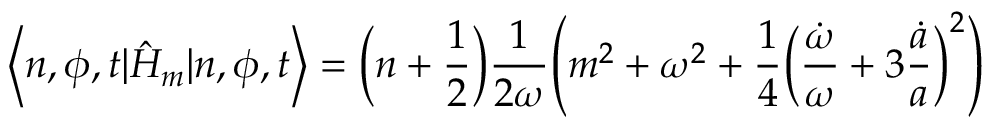
\left< n , \phi , t | \hat { H } _ { m } | n , \phi , t \right> = \Bigl ( n + \frac { 1 } { 2 } \Bigr ) \frac { 1 } { 2 \omega } \Biggl ( m ^ { 2 } + \omega ^ { 2 } + \frac { 1 } { 4 } \Bigl ( \frac { \dot { \omega } } { \omega } + 3 \frac { \dot { a } } { a } \Bigr ) ^ { 2 } \Biggr )